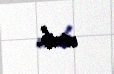
verib.